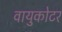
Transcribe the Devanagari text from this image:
वायुकोटर